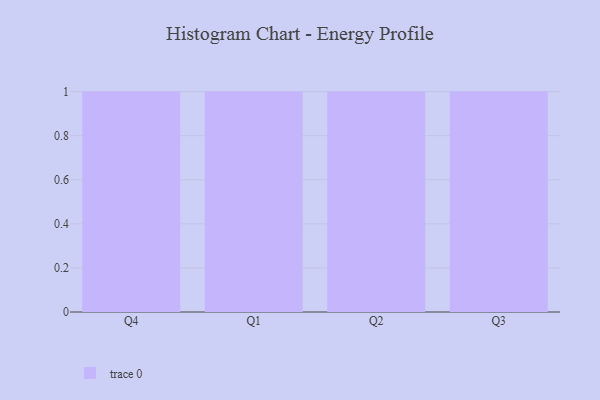
{"axis": {"x": "Quarter", "y": "Temperature (°C)"}, "legend": [""], "data": [{"x": "Q4", "y": 17, "type": ""}, {"x": "Q1", "y": 60, "type": ""}, {"x": "Q2", "y": 54, "type": ""}, {"x": "Q3", "y": 60, "type": ""}]}